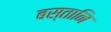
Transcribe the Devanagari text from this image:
बस्तानि